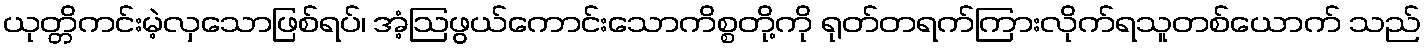
ယုတ္တိကင်းမဲ့လှသောဖြစ်ရပ်၊ အံ့ဩဖွယ်ကောင်းသောကိစ္စတို့ကို ရုတ်တရက်ကြားလိုက်ရသူတစ်ယောက် သည်